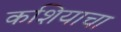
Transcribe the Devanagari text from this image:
कशियाचा